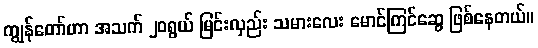
ကျွန်တော်ဟာ အသက် ၂၀ရွယ် မြင်းလှည်း သမားလေး မောင်ကြင်ဆွေ ဖြစ်နေတယ်။